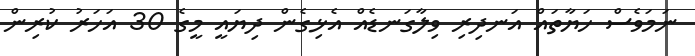
ނަމަވެސް ހަޔާތައް އަނދިރި ވިލާގަނޑެއް އެޅިގެން ދިޔައީ މީގެ 30 އަހަރު ކުރިން